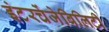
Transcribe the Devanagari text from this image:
इंटरचेंजेबिलिटी